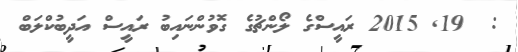
:  19